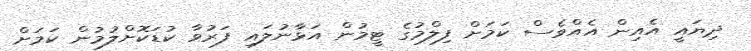
ދިޔައީ އެއިން އެއްވެސް ކަމަށް ފިލްމުގެ ޓީމުން އަޅާނުލައި ފަރުވާ ކުޑަކޮށްލުމުން ކަމަށް